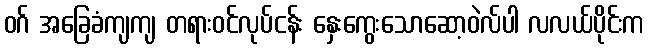
ဝဂ် အခြေခံကျကျ တရားဝင်လုပ်ငန်း နှေးကွေးသောဆော့ဝဲလ်ပါ လလယ်ပိုင်းက